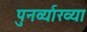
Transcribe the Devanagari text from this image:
पुनर्व्‍याख्‍या